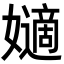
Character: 𡣪